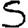
Digit: 5